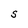
Character: S